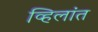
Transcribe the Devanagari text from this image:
व्हिलांत